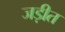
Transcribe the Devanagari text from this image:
जड़ीत